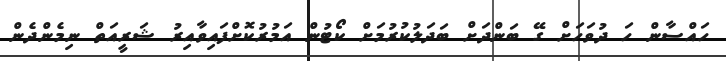
ހައްސާން ހަ ދުވަހަށް ގޭ ބަންދަށް ބަދަލުކުރުމަށް ކޯޓުން އަމުރުކޮށްފައިވާއިރު ޝަރީއަތް ނިމެންދެން